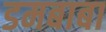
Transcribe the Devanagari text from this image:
डमबाबा